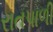
રાતપાળી